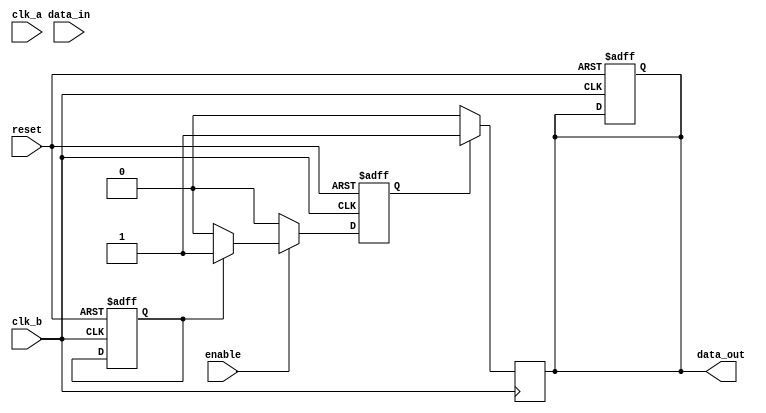
module pulsed_synchronizer #(
    parameter PULSE_WIDTH = 2 // Number of clk_b cycles for pulse width
)(
    input wire clk_a,        // Clock domain A
    input wire clk_b,        // Clock domain B
    input wire data_in,      // Input data to synchronize
    input wire reset,        // Asynchronous reset
    input wire enable,       // Enable signal for synchronization
    output reg data_out      // Synchronized output
);

    // Internal signals
    reg data_a_ff1;          // First flip-flop output in clk_b domain
    reg data_a_ff2;          // Second flip-flop output in clk_b domain
    reg pulse;               // Pulse signal for data_out

    // Asynchronous reset and enable control in clk_b domain
    always @(posedge clk_b or posedge reset) begin
        if (reset) begin
            data_out <= 1'b0;
            pulse <= 1'b0;
        end else if (enable) begin
            // Generate pulse if data_a_ff1 is high
            if (data_a_ff1) begin
                pulse <= 1'b1;
            end else if (pulse) begin
                // Delay the pulse width
                pulse <= 1'b0; // The pulse will turn off in the next clock cycle
            end
        end else begin
            pulse <= 1'b0; // Reset pulse if enable is low
        end
    end

    // Synchronize data_in to clk_b domain using two flip-flops
    always @(posedge clk_b or posedge reset) begin
        if (reset) begin
            data_a_ff1 <= 1'b0;
            data_a_ff2 <= 1'b0;
        end else begin
            data_a_ff1 <= data_a_ff1; // Retain previous state
            data_a_ff2 <= data_a_ff1; // Capture the first flip-flop output
            if (enable) begin
                data_a_ff1 <= data_a_ff1; // Retain previous state
            end
        end
    end

    // Assign the output based on the generated pulse
    always @(posedge clk_b) begin
        if (pulse) begin
            data_out <= 1'b1; // Output high during pulse
        end else begin
            data_out <= 1'b0; // Output low otherwise
        end
    end

endmodule